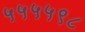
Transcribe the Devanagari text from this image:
५५५५९८